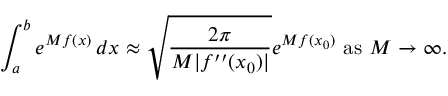
\int _ { a } ^ { b } e ^ { M f ( x ) } \, d x \approx { \sqrt { \frac { 2 \pi } { M | f ^ { \prime \prime } ( x _ { 0 } ) | } } } e ^ { M f ( x _ { 0 } ) } { \mathrm { ~ a s ~ } } M \to \infty .